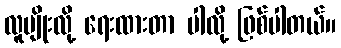
လူမျိုးလို့ ရေးထားတာ ပါလို့ ဖြစ်ပါတယ်။